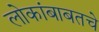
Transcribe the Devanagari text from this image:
लोकांबाबतचे